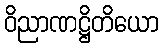
ဝိညာဏဋ္ဌိတိယော